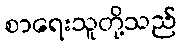
စာရေးသူတို့သည်